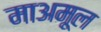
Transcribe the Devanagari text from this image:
माअमूल